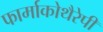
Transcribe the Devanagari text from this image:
फार्माकोथैरेपी